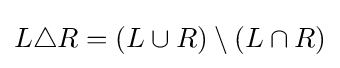
L\triangle R=(L\cup R)\setminus (L\cap R)